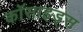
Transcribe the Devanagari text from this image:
कॉसाइड्स